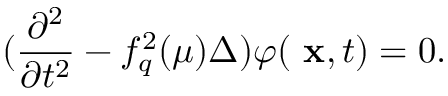
( \frac { \partial ^ { 2 } } { \partial t ^ { 2 } } - f _ { q } ^ { 2 } ( \mu ) \Delta ) \varphi ( \mathrm { \bf ~ x } , t ) = 0 .